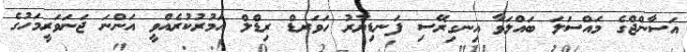
އަސާންޖްގެ މައްސަލަ ބައްލަވާ އިނގިރޭސި ފަނޑިޔާރު ހަވަރޑް ރިޑްލް އަމުރުކުރެއްވީ އަންނަ ޖަނަވަރީމަހުގެ